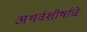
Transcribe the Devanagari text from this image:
अथर्वशीर्षाचे